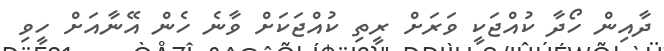
ދާއިން ހޯދާ ކުއްޖަކީ ވަރަށް ރީތި ކުއްޖަކަށް ވާނެ ހެން އޭނާއަށް ހީވި